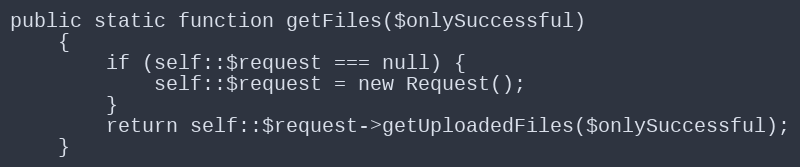
Language: PHP
public static function getFiles($onlySuccessful)
    {
        if (self::$request === null) {
            self::$request = new Request();
        }
        return self::$request->getUploadedFiles($onlySuccessful);
    }